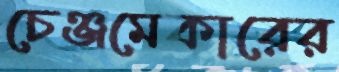
চেঞ্জমেকারের